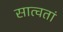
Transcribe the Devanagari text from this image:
सात्वतां